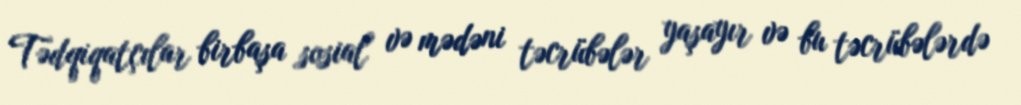
Tədqiqatçılar birbaşa sosial və mədəni təcrübələr yaşayır və bu təcrübələrdə